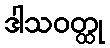
ဒါသဝတ္ထု